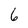
Character: 6